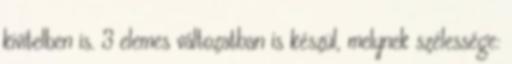
kivitelben is. 3 elemes változatban is készül, melynek szélessége: